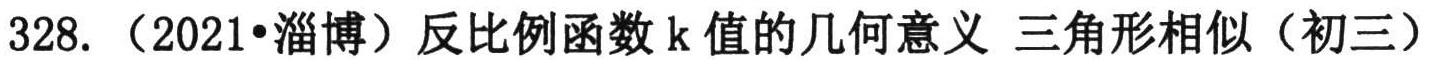
328. （2021•淄博）反比例函数\(k\)值的几何意义 三角形相似（初三）